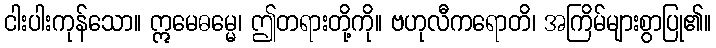
ငါးပါးကုန်သော။ ဣမေဓမ္မေ၊ ဤတရားတို့ကို။ ဗဟုလီကရောတိ၊ အကြိမ်များစွာပြု၏။